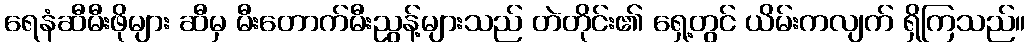
ရေနံဆီမီးဖိုများ ဆီမှ မီးတောက်မီးညွန့်များသည် တဲတိုင်း၏ ရှေ့တွင် ယိမ်းကလျက် ရှိကြသည်။